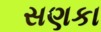
સણકા